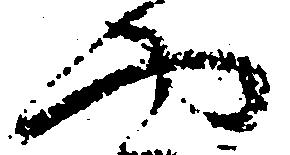
や